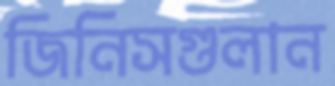
জিনিসগুলান